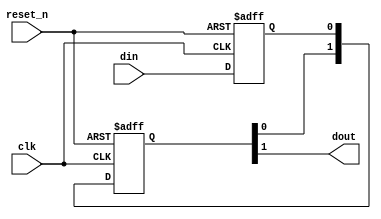
// (C) 2001-2018 Intel Corporation. All rights reserved.
// Your use of Intel Corporation's design tools, logic functions and other 
// software and tools, and its AMPP partner logic functions, and any output 
// files from any of the foregoing (including device programming or simulation 
// files), and any associated documentation or information are expressly subject 
// to the terms and conditions of the Intel Program License Subscription 
// Agreement, Intel FPGA IP License Agreement, or other applicable 
// license agreement, including, without limitation, that your use is for the 
// sole purpose of programming logic devices manufactured by Intel and sold by 
// Intel or its authorized distributors.  Please refer to the applicable 
// agreement for further details.


// $Id: //acds/main/ip/sopc/components/primitives/altera_std_synchronizer/altera_std_synchronizer.v#8 $
// $Revision: #8 $
// $Date: 2009/02/18 $
// $Author: pscheidt $
//-----------------------------------------------------------------------------
//
//
// Abstract: Single bit clock domain crossing synchronizer. Exactly the same
//           as altera_std_synchronizer.v, except that the embedded false
//           path constraint is removed in this module. If you use this
//           module, you will have to apply the appropriate timing
//           constraints.
//
//           We expect to make this a standard Quartus atom eventually.
//
//           Composed of two or more flip flops connected in series.
//           Random metastable condition is simulated when the 
//           __ALTERA_STD__METASTABLE_SIM macro is defined.
//           Use +define+__ALTERA_STD__METASTABLE_SIM argument 
//           on the Verilog simulator compiler command line to 
//           enable this mode. In addition, define the macro
//           __ALTERA_STD__METASTABLE_SIM_VERBOSE to get console output 
//           with every metastable event generated in the synchronizer.
//
// Copyright (C) Altera Corporation 2009, All Rights Reserved
//-----------------------------------------------------------------------------

`timescale 1ns / 1ns

module altera_std_synchronizer_nocut (
                                clk, 
                                reset_n, 
                                din, 
                                dout
                                );

   parameter depth = 3; // This value must be >= 2 !
   parameter rst_value = 0;     
     
   input   clk;
   input   reset_n;    
   input   din;
   output  dout;
   
   // QuartusII synthesis directives:
   //     1. Preserve all registers ie. do not touch them.
   //     2. Do not merge other flip-flops with synchronizer flip-flops.
   // QuartusII TimeQuest directives:
   //     1. Identify all flip-flops in this module as members of the synchronizer 
   //        to enable automatic metastability MTBF analysis.

   (* altera_attribute = {"-name ADV_NETLIST_OPT_ALLOWED NEVER_ALLOW; -name SYNCHRONIZER_IDENTIFICATION FORCED; -name DONT_MERGE_REGISTER ON; -name PRESERVE_REGISTER ON  "} *) reg din_s1;

   (* altera_attribute = {"-name ADV_NETLIST_OPT_ALLOWED NEVER_ALLOW; -name DONT_MERGE_REGISTER ON; -name PRESERVE_REGISTER ON"} *) reg [depth-2:0] dreg;    
   
   //synthesis translate_off
   initial begin
      if (depth <2) begin
         $display("%m: Error: synchronizer length: %0d less than 2.", depth);
      end
   end

   // the first synchronizer register is either a simple D flop for synthesis
   // and non-metastable simulation or a D flop with a method to inject random
   // metastable events resulting in random delay of [0,1] cycles
   
`ifdef __ALTERA_STD__METASTABLE_SIM

   reg[31:0]  RANDOM_SEED = 123456;      
   wire  next_din_s1;
   wire  dout;
   reg   din_last;
   reg          random;
   event metastable_event; // hook for debug monitoring

   initial begin
      $display("%m: Info: Metastable event injection simulation mode enabled");
   end
   
   always @(posedge clk) begin
      if (reset_n == 0)
        random <= $random(RANDOM_SEED);
      else
        random <= $random;
   end

   assign next_din_s1 = (din_last ^ din) ? random : din;   

   always @(posedge clk or negedge reset_n) begin
       if (reset_n == 0) 
         din_last <= (rst_value == 0)? 1'b0 : 1'b1;
       else
         din_last <= din;
   end

   always @(posedge clk or negedge reset_n) begin
       if (reset_n == 0) 
         din_s1 <= (rst_value == 0)? 1'b0 : 1'b1;
       else
         din_s1 <= next_din_s1;
   end
   
`else 

   //synthesis translate_on   
   generate if (rst_value == 0)
       always @(posedge clk or negedge reset_n) begin
           if (reset_n == 0) 
             din_s1 <= 1'b0;
           else
             din_s1 <= din;
       end
   endgenerate
   
   generate if (rst_value == 1)
       always @(posedge clk or negedge reset_n) begin
           if (reset_n == 0) 
             din_s1 <= 1'b1;
           else
             din_s1 <= din;
       end
   endgenerate
   //synthesis translate_off      

`endif

`ifdef __ALTERA_STD__METASTABLE_SIM_VERBOSE
   always @(*) begin
      if (reset_n && (din_last != din) && (random != din)) begin
         $display("%m: Verbose Info: metastable event @ time %t", $time);
         ->metastable_event;
      end
   end      
`endif

   //synthesis translate_on

   // the remaining synchronizer registers form a simple shift register
   // of length depth-1
   generate if (rst_value == 0)
      if (depth < 3) begin
         always @(posedge clk or negedge reset_n) begin
            if (reset_n == 0) 
              dreg <= {depth-1{1'b0}};            
            else
              dreg <= din_s1;
         end         
      end else begin
         always @(posedge clk or negedge reset_n) begin
            if (reset_n == 0) 
              dreg <= {depth-1{1'b0}};
            else
              dreg <= {dreg[depth-3:0], din_s1};
         end
      end
   endgenerate
   
   generate if (rst_value == 1)
      if (depth < 3) begin
         always @(posedge clk or negedge reset_n) begin
            if (reset_n == 0) 
              dreg <= {depth-1{1'b1}};            
            else
              dreg <= din_s1;
         end         
      end else begin
         always @(posedge clk or negedge reset_n) begin
            if (reset_n == 0) 
              dreg <= {depth-1{1'b1}};
            else
              dreg <= {dreg[depth-3:0], din_s1};
         end
      end
   endgenerate

   assign dout = dreg[depth-2];
   
endmodule